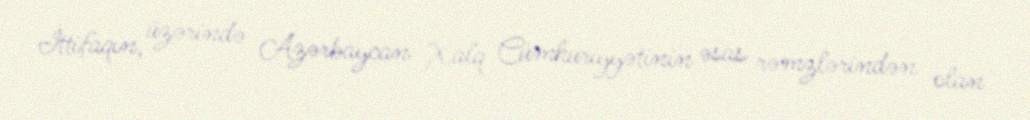
İttifaqın, üzərində Azərbaycan Xalq Cümhuriyyətinin əsas rəmzlərindən olan